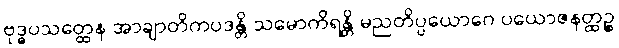
ဗုဒ္ဓပသတ္ထေန အာချာတိကပဒန္တိ သမောကိရန္တိ မညတိပ္ပယောဂေ ပယောဇနတ္ထဉ္စ